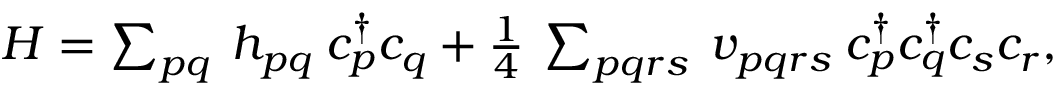
\begin{array} { r } { H = \sum _ { p q } \: h _ { p q } \: { c } _ { p } ^ { \dagger } { c } _ { q } + \frac { 1 } { 4 } \: \sum _ { p q r s } \: v _ { p q r s } \: { c } _ { p } ^ { \dagger } { c } _ { q } ^ { \dagger } { c } _ { s } { c } _ { r } , } \end{array}